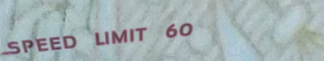
SPEED LIMIT 60